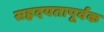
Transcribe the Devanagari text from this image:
सह्रदयतापूर्वक